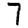
Digit: 7